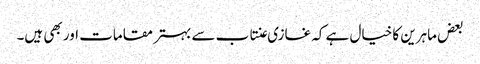
بعض ماہرین کا خیال ہے کہ غازی عنتاب سے بہتر مقامات اور بھی ہیں۔